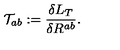
{ \cal T } _ { a b } : = \frac { \delta { L } _ { T } } { \delta R ^ { a b } } .